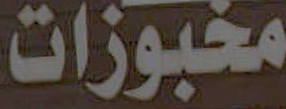
مخبوزات